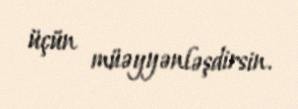
üçün müəyyənləşdirsin.